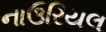
નાઉરિયલ